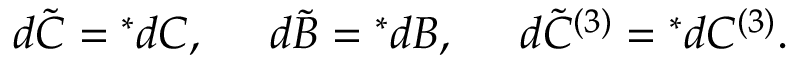
d \tilde { C } = { } ^ { * } d C , \; \; \; \; \; d \tilde { B } = { } ^ { * } d B , \; \; \; \; \; d \tilde { C } ^ { ( 3 ) } = { } ^ { * } d C ^ { ( 3 ) } .